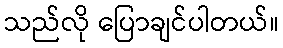
သည်လို ပြောချင်ပါတယ်။